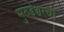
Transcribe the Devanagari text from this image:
मुरुडेश्वरची